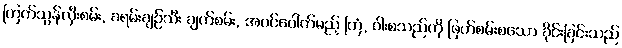
ကြက်သွန်လှီးစမ်း, ခရမ်းချဉ်သီး ချက်စမ်း, အပင်ပေါက်မည့် ကြံ, ဝါးစသည်ကို ဖြတ်စမ်းစသော ခိုင်းခြင်းသည်